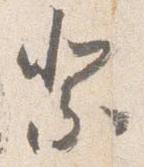
祭